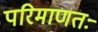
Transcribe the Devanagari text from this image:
परिमाणतः